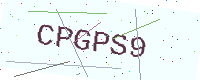
Text: CPGPS9